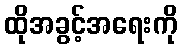
ထိုအခွင့်အရေးကို